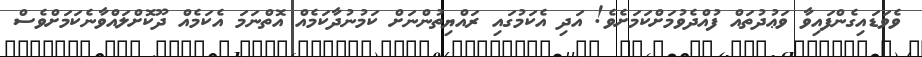
ވެވަޑައިގެންފައިވާ ވަޢުދުތައް ފުއްދެވުމަށްކަމަށެވެ! އަދި އެކަމުގައި ރައްޔިތުންނަށް ކަމުނުދާކަމެއް އޮތްނަމަ އެކަމެއް ދޫކޮށްލައްވާނެކަމަށްވެސް